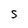
Character: s